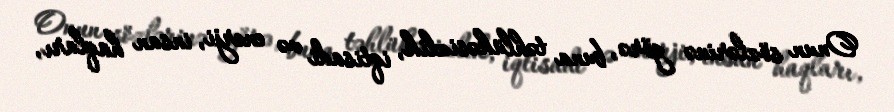
Onun sözlərinə görə, buna təhlükəsizlik, iqtisadi və enerji, insan haqları,